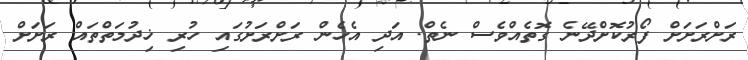
ރަށްރަށަށް ފޯރުކޮށްދޭނެ ގޮތެއްވެސް ނެތް. އަދި އެހެން ރަށްރަށުގައި ހުރި ޚިދުމަތްތައް ރަށަށް